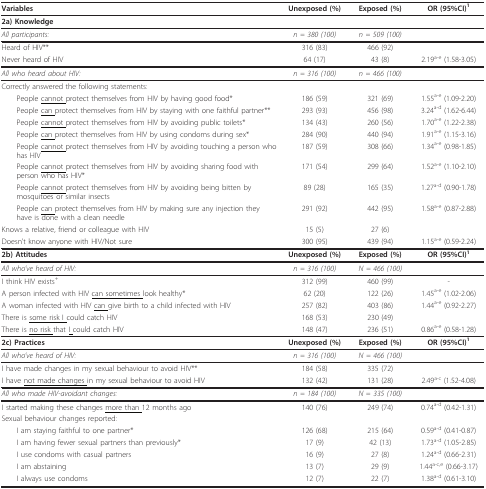
<table><thead><tr><td><b>Variables</b></td><td><b>Unexposed (%)</b></td><td><b>Exposed (%)</b></td><td><b>OR (95%CI)<sup>1</sup></b></td></tr></thead><tbody><tr><td><b>2a) Knowledge</b></td><td></td><td></td><td></td></tr><tr><td><i>All participants:</i></td><td><i>n = 380 (100)</i></td><td><i>n = 509 (100)</i></td><td></td></tr><tr><td>Heard of HIV**</td><td>316 (83)</td><td>466 (92)</td><td></td></tr><tr><td>Never heard of HIV</td><td>64 (17)</td><td>43 (8)</td><td>2.19<sup>a-e </sup>(1.58-3.05)</td></tr><tr><td><i>All who heard about HIV:</i></td><td><i>n = 316 (100)</i></td><td><i>n = 466 (100)</i></td><td></td></tr><tr><td>Correctly answered the following statements:</td><td></td><td></td><td></td></tr><tr><td> People <underline>cannot </underline>protect themselves from HIV by having good food*</td><td>186 (59)</td><td>321 (69)</td><td>1.55<sup>a-e </sup>(1.09-2.20)</td></tr><tr><td> People <underline>can </underline>protect themselves from HIV by staying with one faithful partner**</td><td>293 (93)</td><td>456 (98)</td><td>3.24<sup>a-d </sup>(1.62-6.44)</td></tr><tr><td> People <underline>cannot </underline>protect themselves from HIV by avoiding public toilets*</td><td>134 (43)</td><td>260 (56)</td><td>1.70<sup>a-e </sup>(1.22-2.38)</td></tr><tr><td> People <underline>can </underline>protect themselves from HIV by using condoms during sex*</td><td>284 (90)</td><td>440 (94)</td><td>1.91<sup>a-e </sup>(1.15-3.16)</td></tr><tr><td> People <underline>cannot </underline>protect themselves from HIV by avoiding touching a person who has HIV</td><td>187 (59)</td><td>308 (66)</td><td>1.34<sup>a-e </sup>(0.98-1.85)</td></tr><tr><td> People <underline>cannot </underline>protect themselves from HIV by avoiding sharing food with person who has HIV*</td><td>171 (54)</td><td>299 (64)</td><td>1.52<sup>a-e </sup>(1.10-2.10)</td></tr><tr><td> People <underline>cannot </underline>protect themselves from HIV by avoiding being bitten by mosquitoes or similar insects</td><td>89 (28)</td><td>165 (35)</td><td>1.27<sup>a-d </sup>(0.90-1.78)</td></tr><tr><td> People <underline>can </underline>protect themselves from HIV by making sure any injection they have is done with a clean needle</td><td>291 (92)</td><td>442 (95)</td><td>1.58<sup>a-e </sup>(0.87-2.88)</td></tr><tr><td>Knows a relative, friend or colleague with HIV</td><td>15 (5)</td><td>27 (6)</td><td></td></tr><tr><td>Doesn&#x27;t know anyone with HIV/Not sure</td><td>300 (95)</td><td>439 (94)</td><td>1.15<sup>a-e </sup>(0.59-2.24)</td></tr><tr><td><b>2b) Attitudes</b></td><td><b>Unexposed (%)</b></td><td><b>Exposed (%)</b></td><td><b>OR (95%CI)<sup>1</sup></b></td></tr><tr><td><i>All who&#x27;ve heard of HIV:</i></td><td><i>n = 316 (100)</i></td><td><i>N = 466 (100)</i></td><td></td></tr><tr><td>I think HIV exists<sup>+</sup></td><td>312 (99)</td><td>460 (99)</td><td>-</td></tr><tr><td>A person infected with HIV <underline>can sometimes </underline>look healthy*</td><td>62 (20)</td><td>122 (26)</td><td>1.45<sup>a-e </sup>(1.02-2.06)</td></tr><tr><td>A woman infected with HIV <underline>can </underline>give birth to a child infected with HIV</td><td>257 (82)</td><td>403 (86)</td><td>1.44<sup>a-e </sup>(0.92-2.27)</td></tr><tr><td>There is <underline>some risk I </underline>could catch HIV</td><td>168 (53)</td><td>230 (49)</td><td></td></tr><tr><td>There is <underline>no risk </underline>that <underline>I </underline>could catch HIV</td><td>148 (47)</td><td>236 (51)</td><td>0.86<sup>a-e </sup>(0.58-1.28)</td></tr><tr><td><b>2c) Practices</b></td><td><b>Unexposed (%)</b></td><td><b>Exposed (%)</b></td><td><b>OR (95%CI)<sup>1</sup></b></td></tr><tr><td><i>All who&#x27;ve heard of HIV:</i></td><td><i>n = 316 (100)</i></td><td><i>N = 466 (100)</i></td><td></td></tr><tr><td>I have made changes in my sexual behaviour to avoid HIV**</td><td>184 (58)</td><td>335 (72)</td><td></td></tr><tr><td>I have <underline>not made changes </underline>in my sexual behaviour to avoid HIV</td><td>132 (42)</td><td>131 (28)</td><td>2.49<sup>a-c </sup>(1.52-4.08)</td></tr><tr><td><i>All who made HIV-avoidant changes:</i></td><td><i>n = 184 (100)</i></td><td><i>N = 335 (100)</i></td><td></td></tr><tr><td>I started making these changes <underline>more than </underline>12 months ago</td><td>140 (76)</td><td>249 (74)</td><td>0.74<sup>a-d </sup>(0.42-1.31)</td></tr><tr><td>Sexual behaviour changes reported:</td><td></td><td></td><td></td></tr><tr><td> I am staying faithful to one partner*</td><td>126 (68)</td><td>215 (64)</td><td>0.59<sup>a-d </sup>(0.41-0.87)</td></tr><tr><td> I am having fewer sexual partners than previously*</td><td>17 (9)</td><td>42 (13)</td><td>1.73<sup>a-d </sup>(1.05-2.85)</td></tr><tr><td> I use condoms with casual partners</td><td>16 (9)</td><td>27 (8)</td><td>1.24<sup>a-d </sup>(0.66-2.31)</td></tr><tr><td> I am abstaining</td><td>13 (7)</td><td>29 (9)</td><td>1.44<sup>a-c,e </sup>(0.66-3.17)</td></tr><tr><td> I always use condoms</td><td>12 (7)</td><td>22 (7)</td><td>1.38<sup>a-d </sup>(0.61-3.10)</td></tr></tbody></table>